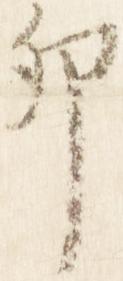
卯